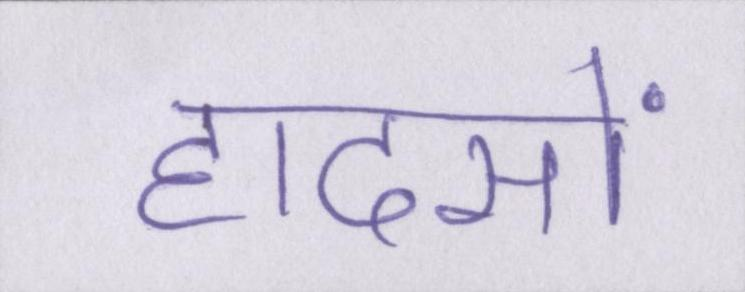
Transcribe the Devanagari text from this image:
हादसों